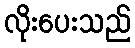
လိုးပေးသည်